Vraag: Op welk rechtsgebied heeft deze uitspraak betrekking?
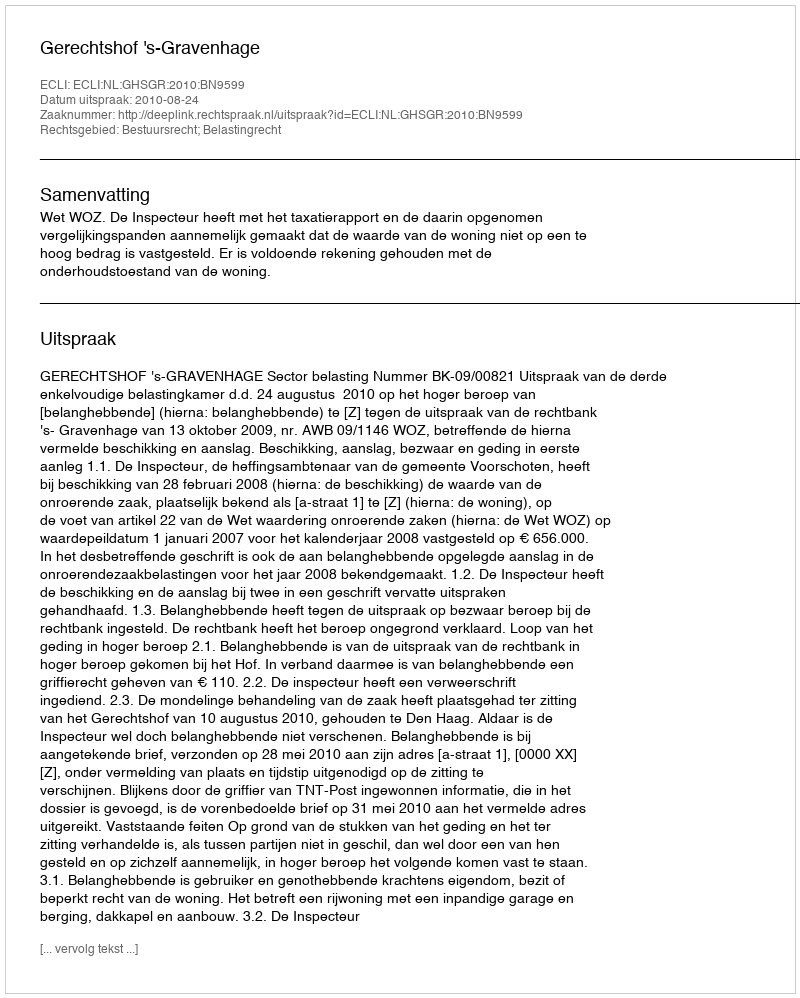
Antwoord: Bestuursrecht; Belastingrecht